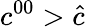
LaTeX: c^{00}>{\hat{c}}